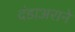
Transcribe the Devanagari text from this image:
दंडाअराने